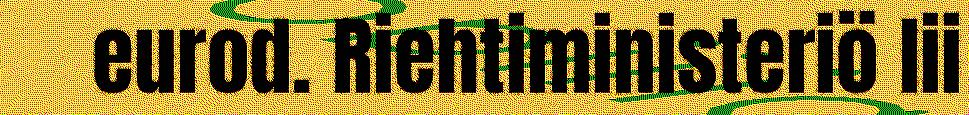
eurod. Riehtiministeriö lii